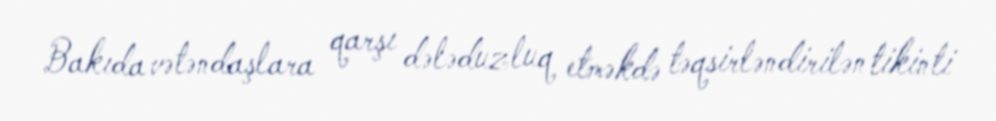
Bakıda vətəndaşlara qarşı dələduzluq etməkdə təqsirləndirilən tikinti